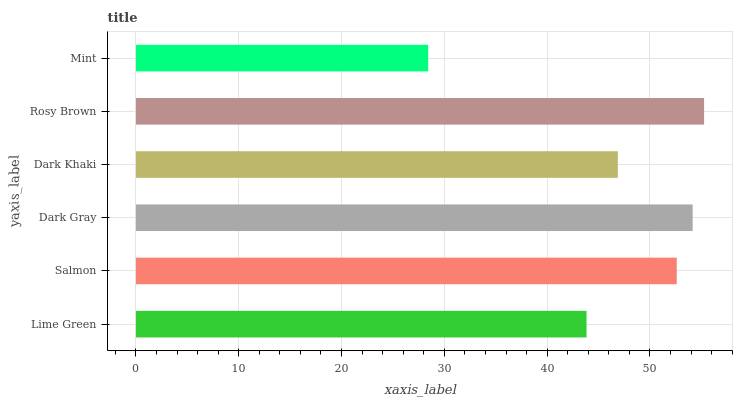
| yaxis_label | bars |
 | --- | --- |
 | Lime Green | 43.8 |
 | Salmon | 52.6 |
 | Dark Gray | 54.2 |
 | Dark Khaki | 46.9 |
 | Rosy Brown | 55.3 |
 | Mint | 28.4 |